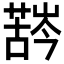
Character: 𱾛